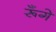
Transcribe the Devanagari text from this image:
रूँगे